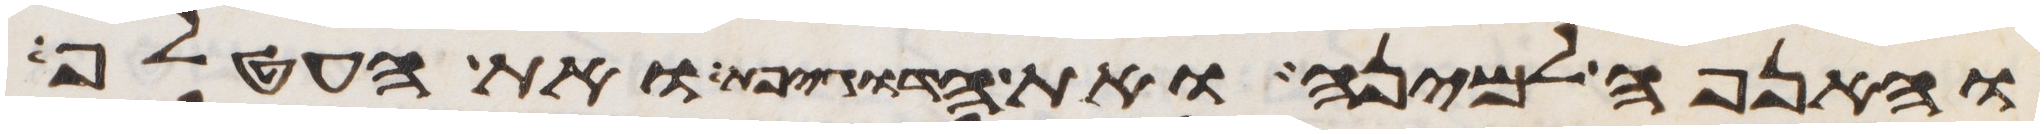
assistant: והאנפה למינה ואת הדגיפת ואת העטלף